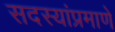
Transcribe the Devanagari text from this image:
सदस्यांप्रमाणे